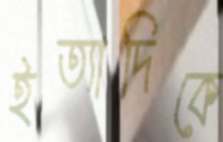
ইত্যাদিকে